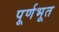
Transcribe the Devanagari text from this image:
पूर्णभूत